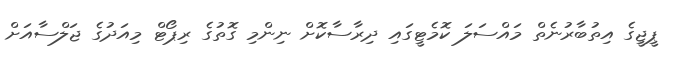
ޕީޖީގެ އިތުބާރުނެތް މައްސަލަ ކޮމެޓީގައި ދިރާސާކޮށް ނިންމި ގޮތުގެ ރިޕޯޓް މިއަދުގެ ޖަލްސާއަށް